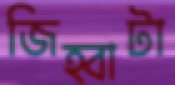
জিহ্বাটা